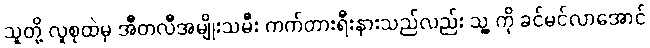
သူတို့ လူစုထဲမှ အီတလီအမျိုးသမီး ကက်တားရီးနားသည်လည်း သူ့ ကို ခင်မင်လာအောင်